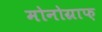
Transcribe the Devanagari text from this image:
मोनोग्राफ़